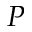
P